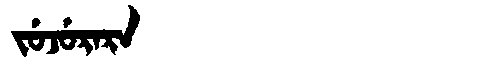
Manchu: ᠵᡠᠵᡠᡵᠠᡵᠠ
Romanization: JUJURARA